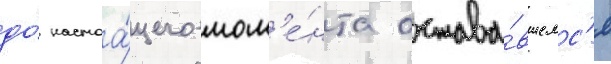
до́ настоа́щего мом'е́нта остава́вшемс'я